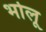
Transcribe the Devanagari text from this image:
भोलू